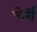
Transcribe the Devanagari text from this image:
चेर्री